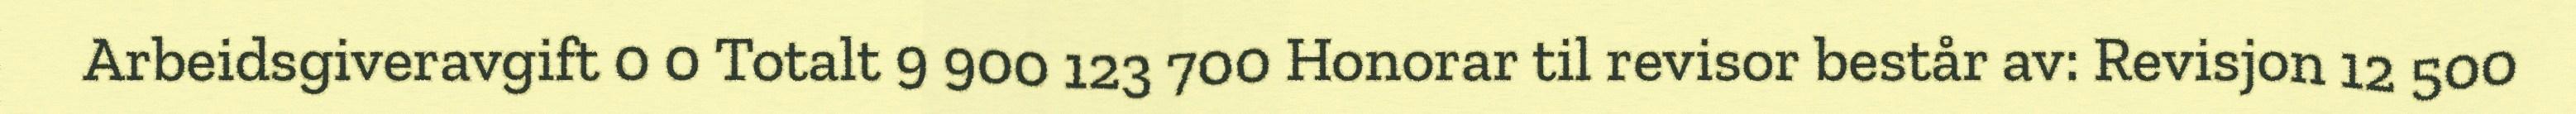
Arbeidsgiveravgift 0 0 Totalt 9 900 123 700 Honorar til revisor består av: Revisjon 12 500